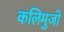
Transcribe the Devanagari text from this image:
कलिमुजो